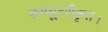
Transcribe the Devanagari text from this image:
कम्प्यूटरीकृत।